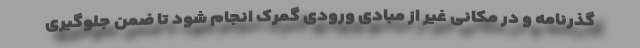
گذرنامه و در مکانی غیر از مبادی ورودی گمرک انجام شود تا ضمن جلوگیری